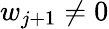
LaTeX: w_{j+1}\neq 0